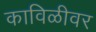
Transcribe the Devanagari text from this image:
काविळीवर